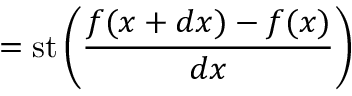
= \operatorname { s t } \left( { \frac { f ( x + d x ) - f ( x ) } { d x } } \right)